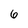
Character: 6